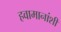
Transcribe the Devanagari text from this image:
हवामानांशी